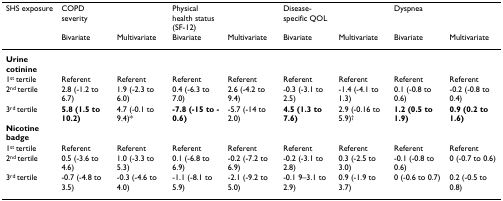
<table><thead><tr><td><b>SHS exposure</b></td><td><b>COPD severity</b></td><td></td><td><b>Physical health status (SF-12)</b></td><td></td><td><b>Disease-specific QOL</b></td><td></td><td><b>Dyspnea</b></td><td></td></tr><tr><td></td><td><b>Bivariate</b></td><td><b>Multivariate</b></td><td><b>Bivariate</b></td><td><b>Multivariate</b></td><td><b>Bivariate</b></td><td><b>Multivariate</b></td><td><b>Bivariate</b></td><td><b>Multivariate</b></td></tr></thead><tbody><tr><td><b>Urine cotinine</b></td><td></td><td></td><td></td><td></td><td></td><td></td><td></td><td></td></tr><tr><td>1<sup>st </sup>tertile</td><td>Referent</td><td>Referent</td><td>Referent</td><td>Referent</td><td>Referent</td><td>Referent</td><td>Referent</td><td>Referent</td></tr><tr><td>2<sup>nd </sup>tertile</td><td>2.8 (-1.2 to 6.7)</td><td>1.9 (-2.3 to 6.0)</td><td>0.4 (-6.3 to 7.0)</td><td>2.6 (-4.2 to 9.4)</td><td>-0.3 (-3.1 to 2.5)</td><td>-1.4 (-4.1 to 1.3)</td><td>0.1 (-0.8 to 0.6)</td><td>-0.2 (-0.8 to 0.4)</td></tr><tr><td>3<sup>rd </sup>tertile</td><td><b>5.8 (1.5 to 10.2)</b></td><td>4.7 (-0.1 to 9.4)*</td><td><b>-7.8 (-15 to -0.6)</b></td><td>-5.7 (-14 to 2.0)</td><td><b>4.5 (1.3 to 7.6)</b></td><td>2.9 (-0.16 to 5.9)<sup>†</sup></td><td><b>1.2 (0.5 to 1.9)</b></td><td><b>0.9 (0.2 to 1.6)</b></td></tr><tr><td><b>Nicotine badge</b></td><td></td><td></td><td></td><td></td><td></td><td></td><td></td><td></td></tr><tr><td>1<sup>st </sup>tertile</td><td>Referent</td><td>Referent</td><td>Referent</td><td>Referent</td><td>Referent</td><td>Referent</td><td>Referent</td><td>Referent</td></tr><tr><td>2<sup>nd </sup>tertile</td><td>0.5 (-3.6 to 4.6)</td><td>1.0 (-3.3 to 5.3)</td><td>0.1 (-6.8 to 6.9)</td><td>-0.2 (-7.2 to 6.9)</td><td>-0.2 (-3.1 to 2.8)</td><td>0.3 (-2.5 to 3.0)</td><td>-0.1 (-0.8 to 0.6)</td><td>0 (-0.7 to 0.6)</td></tr><tr><td>3<sup>rd </sup>tertile</td><td>-0.7 (-4.8 to 3.5)</td><td>-0.3 (-4.6 to 4.0)</td><td>-1.1 (-8.1 to 5.9)</td><td>-2.1 (-9.2 to 5.0)</td><td>-0.1 9–3.1 to 2.9)</td><td>0.9 (-1.9 to 3.7)</td><td>0 (-0.6 to 0.7)</td><td>0.2 (-0.5 to 0.8)</td></tr></tbody></table>